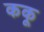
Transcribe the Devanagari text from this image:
ककू